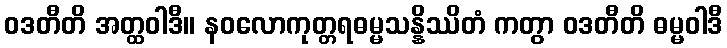
ဝဒတီတိ အတ္ထဝါဒီ။ နဝလောကုတ္တရဓမ္မသန္နိဿိတံ ကတွာ ဝဒတီတိ ဓမ္မဝါဒီ